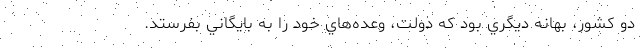
دو كشور، بهانه ديگري بود كه دولت، وعده‌هاي خود را به بايگاني بفرستد.